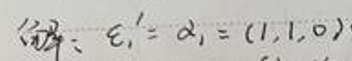
解：$\varepsilon _{1}'=\alpha _{1}=(1,1,0)$